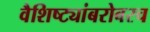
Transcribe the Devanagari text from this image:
वैशिष्ट्यांबरोबरच